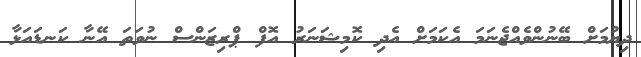
ދިޔުމަށް ބޭނުންވެއްޖެނަމަ އެކަމަށް އެދި ކޮމިޝަނަރު އޮފް ޕްރިޒަންސް ނުވަތަ އޭނާ ކަނޑައަޅާ